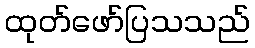
ထုတ်ဖော်ပြသသည်